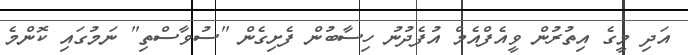
އަދި މީގެ އިތުރުން ވީއެފްއެމް އުފެދުނު ހިސާބުން ފެށިގެން "ސުވާސްތި" ނަމުގައި ކޮންމެ